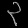
Digit: ၃